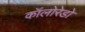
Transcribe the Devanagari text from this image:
कॉलोरेडो